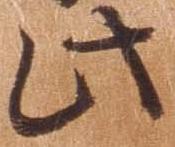
此